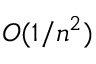
O ( 1 / n ^ { 2 } )